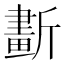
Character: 𣃂